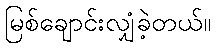
မြစ်ချောင်းလျှံခဲ့တယ်။